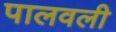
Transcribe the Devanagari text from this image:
पालवली